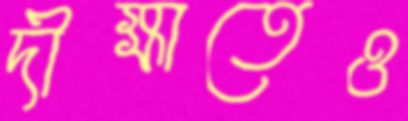
দীক্ষাতেও